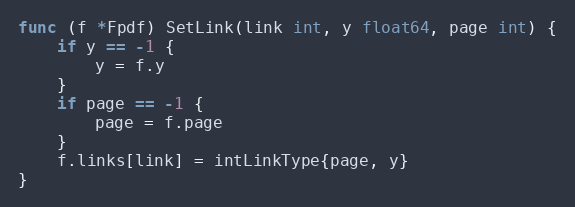
Language: Go
func (f *Fpdf) SetLink(link int, y float64, page int) {
	if y == -1 {
		y = f.y
	}
	if page == -1 {
		page = f.page
	}
	f.links[link] = intLinkType{page, y}
}